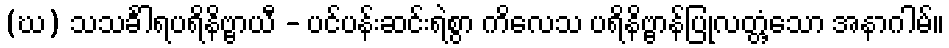
(ဃ) သသင်္ခါရပရိနိဗ္ဗာယီ - ပင်ပန်းဆင်းရဲစွာ ကိလေသ ပရိနိဗ္ဗာန်ပြုလတ္တံ့သော အနာဂါမ်။